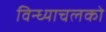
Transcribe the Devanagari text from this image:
विन्ध्याचलको